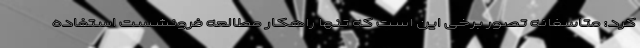
کرد: متاسفانه تصور برخی این است که تنها راهکار مطالعه فرونشست استفاده